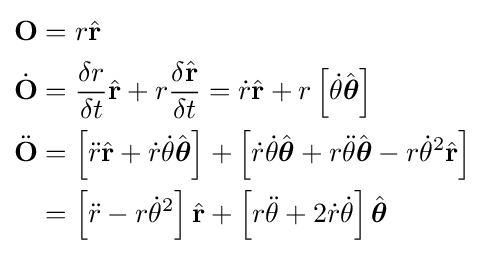
{\begin{aligned}{\mathbf {O} }&=r{\hat {\mathbf {r} }}\\{\dot {\mathbf {O} }}&={\frac {\delta r}{\delta t}}{\hat {\mathbf {r} }}+r{\frac {\delta {\hat {\mathbf {r} }}}{\delta t}}={\dot {r}}{\hat {\mathbf {r} }}+r\left[{\dot {\theta }}{\hat {\boldsymbol {\theta }}}\right]\\{\ddot {\mathbf {O} }}&=\left[{\ddot {r}}{\hat {\mathbf {r} }}+{\dot {r}}{\dot {\theta }}{\hat {\boldsymbol {\theta }}}\right]+\left[{\dot {r}}{\dot {\theta }}{\hat {\boldsymbol {\theta }}}+r{\ddot {\theta }}{\hat {\boldsymbol {\theta }}}-r{\dot {\theta }}^{2}{\hat {\mathbf {r} }}\right]\\&=\left[{\ddot {r}}-r{\dot {\theta }}^{2}\right]{\hat {\mathbf {r} }}+\left[r{\ddot {\theta }}+2{\dot {r}}{\dot {\theta }}\right]{\hat {\boldsymbol {\theta }}}\end{aligned}}